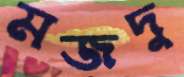
মজদু